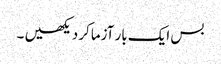
بس ایک بار آزماکر دیکھیں ۔